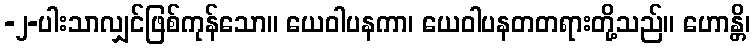
-၂-ပါးသာလျှင်ဖြစ်ကုန်သော။ ယေဝါပနကာ၊ ယေဝါပနတတရားတို့သည်။ ဟောန္တိ၊